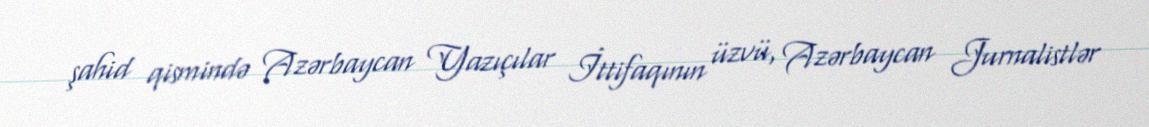
şahid qismində Azərbaycan Yazıçılar İttifaqının üzvü, Azərbaycan Jurnalistlər